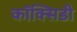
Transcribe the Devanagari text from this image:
कॉक्सिडी